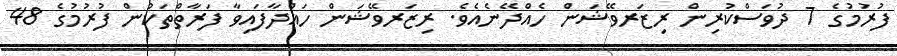
ފުރުމުގެ 7 ދުވަސްކުރިން ރިޒަރވޭޝަން ހެއްދޭނެއެވެ. ރިޒަރވޭޝަން ހައްދާފައިވާ ފަރާތްތަކުން ފުރުމުގެ 48